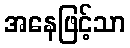
အနေဖြင့်သာ